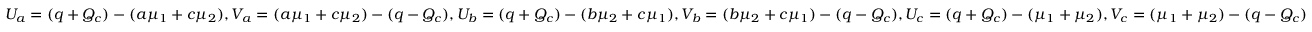
U _ { a } = ( q + Q _ { c } ) - ( a \mu _ { 1 } + c \mu _ { 2 } ) , V _ { a } = ( a \mu _ { 1 } + c \mu _ { 2 } ) - ( q - Q _ { c } ) , U _ { b } = ( q + Q _ { c } ) - ( b \mu _ { 2 } + c \mu _ { 1 } ) , V _ { b } = ( b \mu _ { 2 } + c \mu _ { 1 } ) - ( q - Q _ { c } ) , U _ { c } = ( q + Q _ { c } ) - ( \mu _ { 1 } + \mu _ { 2 } ) , V _ { c } = ( \mu _ { 1 } + \mu _ { 2 } ) - ( q - Q _ { c } )